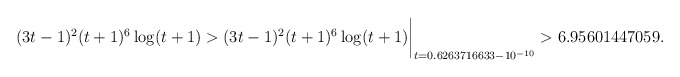
\begin{align*}(3t-1)^2(t+1)^6\log(t+1) > (3t-1)^2(t+1)^6\log(t+1)\biggr\rvert_{t=0.6263716633 - 10^{-10}}> 6.95601447059 .\end{align*}